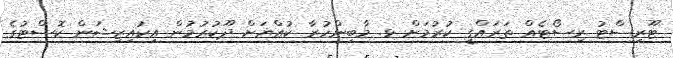
ޓޫރިސްޓު ރިސޯޓެއް ތަރައްގީ ކުރުމަށް ޅ. މާބިންހުރާ ކުއްޔަށް ދޫކުރުމުން އިކުއިޒިޝަން ކޮސްޓުގެ